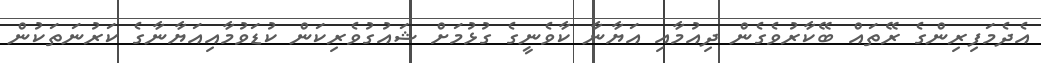
އެދެމަފިރިންގެ ރޭތައް ބޭކާރުވެގެން ދިއުމާއި އަޔާނާ ކާވެނީގެ ގުޅުމަށް ޝައުގުވެރިކަން ކުޑަވުމާއިއަޔާނާގެ ކަރުނަތަކުން